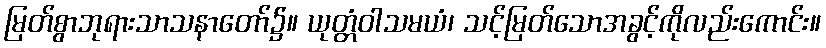
မြတ်စွာဘုရားသာသနာတော်၌။ ယုတ္တံဝါသမယံ၊ သင့်မြတ်သောအခွင့်ကိုလည်းကောင်း။